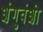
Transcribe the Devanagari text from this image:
शंगुवंशी